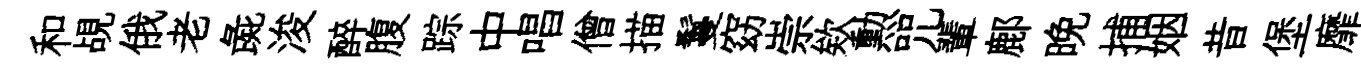
和覘俄老彘浚醉腹踪中唱僧描鬘窈崇欸勲咒輩鄜晚捕姻昔堡靡